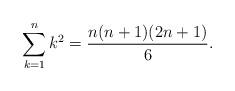
LaTeX: \begin{align*}\sum_{k=1}^{n} k^{2} = \frac{n(n+1)(2n+1)}{6}.\end{align*}